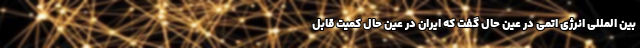
بین المللی انرژی اتمی در عین حال گفت که ایران در عین حال کمیت قابل